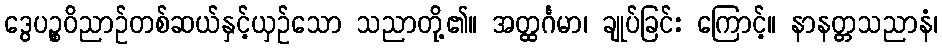
ဒွေပဉ္စဝိညာဉ်တစ်ဆယ်နှင့်ယှဉ်သော သညာတို့၏။ အတ္ထင်္ဂမာ၊ ချုပ်ခြင်း ကြောင့်။ နာနတ္တသညာနံ၊